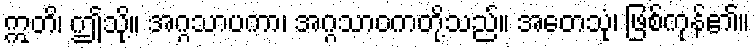
ဣတိ၊ ဤသို့။ အဂ္ဂသာပကာ၊ အဂ္ဂသာဝကတို့သည်။ အတေသုံ၊ ဖြစ်ကုန်၏။